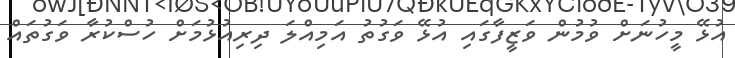
އުޅޭ މީހުނަށް ވުމުން ވަޒީފާގައި އުޅޭ ވަގުތު އަމިއްލަ ދިރިއުޅުމަށް ހުސްކުރާ ވަގުތައް